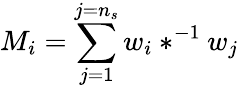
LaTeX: M_{i}=\sum_{j=1}^{j=n_{s}}w_{i}\ast^{-1}w_{j}